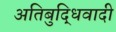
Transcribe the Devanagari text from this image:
अतिबुद्धिवादी